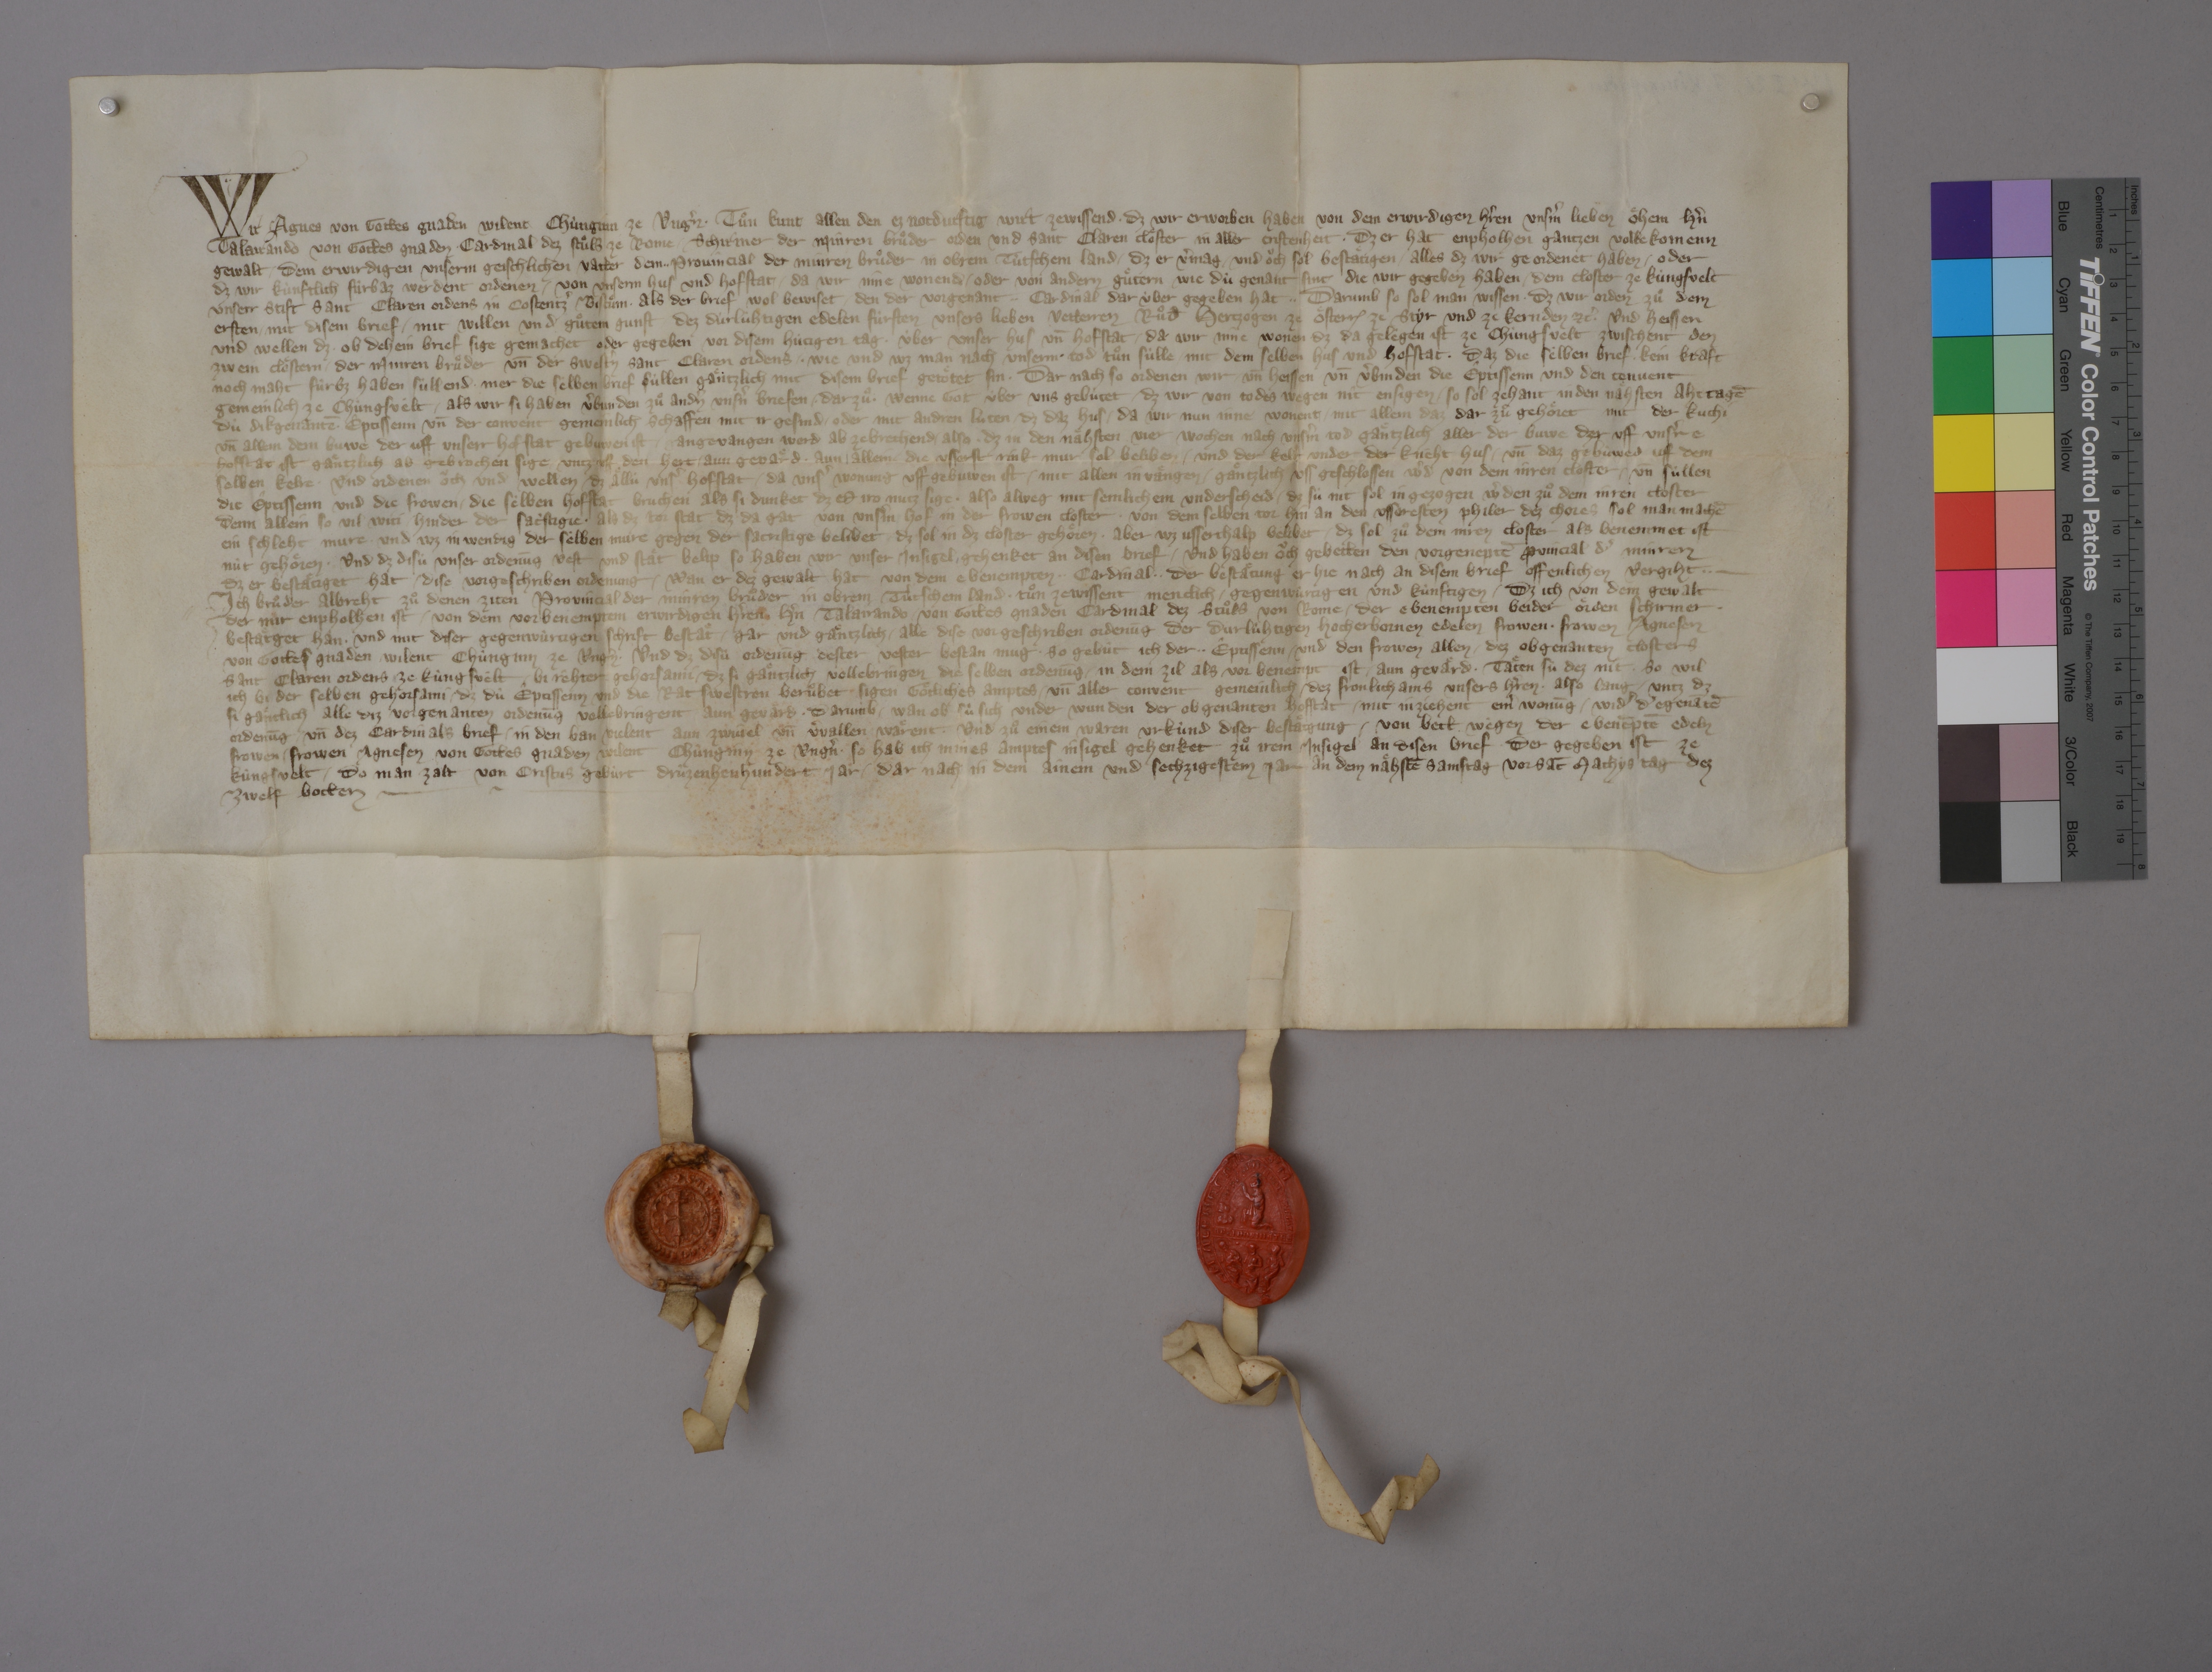
Transcription:
Wir, Agnes, von gottes gnaden wilent chùnginn ze Ungˀn, ✳ tuͦn kunt allen, den ez notdurftig wirt zewissend, ✳ dz wir erworben haben von dem erwirdigen hˀren, unsˀm lieben oͤhem, hˀn
Talairando, von gottes gnaden ✳ cardinal dez stuͦls ze Rome, ✳ schirmer der Minren Bruͦder orden und Sant Claren cloͤster in aller cristenheit, ✳ dz er hat enpholhen gantzen vollekomenn
gewalt ✳ dem erwirdigen, unserm geischlichen vatter, dem ✳ ✳ provincial der Minren Bruͦder in Obrem Tùtschem land, ✳ dz er vˀmag ✳ und oͧch sol bestaͤtigen ✳ alles, dz wir geordenet haben ✳ oder
dz wir kùnftlich fûrbaz werdent ordenen ✳ von unserm hus und hofstat, ✳ da wir inne wonend, ✳ oder von andern guͦtern, wie dù genant sint, ✳ die wir gegeben haben ✳ dem closter ze Kùngsvelt,
unserr stift Sant Claren ordens in Costentzˀ bistuͤm, ✳ als der brief wol bewiset, ✳ den der vorgenant ✳ ✳ cardinal dar ùber gegeben hat. ✳ ✳ darumb, so sol man wissen, ✳ dz wir orden zuͦ dem
ersten ✳ mit disem brief ✳ mit willen und guͦtem gunst ✳ dez dùrlùhtigen, edelen fùrsten, unsers lieben vetterren Ruͦd̄, hertzogen ze Oͤsterr₎, ze Styr und ze Kernden ꝫcꝭ, ✳ und heissen
und wellen, dz, ✳ ob dehein brief sige gemachet oder gegeben vor disem hùtigen tag ✳ ùber unser hus un̄ hofstat, ✳ da wir inne wonen, dz da gelegen ist ze Chùngsvelt zwischent den
zwein cloͤstern ✳ der Minren Bruͦder un̄ der swestˀn Sant Claren ordens, ✳ wie und wz man nach unserm ✳ tod tuͦn sùllle ✳ mit dem selben hùs und hofstat, ✳ daz die selben brief ✳ kein kraft
noch maht fùrbz haben sùllend. ✳ mer, die selben brief sùllen gaͤntzlich mit disem brief getoͤtet sin. ✳ dar nach, so ordenen wir ✳ un̄ heissen ✳ un̄ vˀbinden die êptissenn und den convent
gemeinlich ze Chùngsvèlt, ✳ als wir si haben vˀbunden zuͦ andˀn unsˀn briefen, ✳ darzuͦ, ✳ wenne got ùber uns gebùtet, dz wir von todes wegen nit ensigen, ✳ so sol zehant in den naͤhsten aht tagē
dù dikgenantē ✳ eptissenn un̄ der convent gemeinlich schaffen mit ir gesind ✳ oder mit andren lùten, ✳ dz daz hus, ✳ da wir nun inne wonent, ✳ mit allem, daz dar zuͦ gehoͤret, mit der kuchi
un̄ allem dem buwe, der uff unserr hof stat gebuwen ist, ✳ angevangen werd ab zebrechend, ✳ also, ✳ dz in den naͤhsten vier wochen nach unsˀm tod gaͤntzlich aller der buwe, der uff unsˀre
hofstat ist, gaͤntzlich ab gebrochen sige ✳ untz uff den hert, ✳ aun gevaͤrd, ✳ aun ✳ allein ✳ die usserst rink mur sol beliben ✳ und der kelr under der kneht hus ✳ un̄ daz gebùwed uff dem
selben kelre. ✳ und ordenen oͧch und wellen, ✳ dz aͤllù unsˀ hofstat, ✳ da unsˀ wonung uff gebuwen ist, ✳ mit allen in vaͤngen ✳ gaͤntzlich uss geschlossen wˀd von dem inren closter, ✳ un̄ sùllen
die êptissenn und die frowen ✳ die selben hofstat bruchen, als si dunket, dz er iro nutz sige, ✳ also alweg mit semlichem underscheid, dz sù nit sol in gezogen wˀden zuͦ dem inren closter
denn allein so vil witi ✳ hinder der sacˀstigie, ✳ als dz tor stat, dz da gat von unsˀm hof in der frowen closter. ✳ von dem selben tor hin an den usseresten philer dez chores sol man machē
ein schleht mure, ✳ und wz in wendig der selben mure gegen der sacristige belibet, ✳ dz sol in dz closter gehoͤren, ✳ aber wz usserhalp belibet, ✳ dz sol zuͦ dem inren closter, als benemmet ist,
nùt gehoͤren. ✳ und dz disù unser ordenūg vest und staͤt belip, so haben wir unser insigel gehenket an disen brief, ✳ und haben oͧch gebetten den vorgenept̄ ꝓvincial dˀ Minren,
dz er bestaͤtiget hat ✳ dise vorgeschriben ordenung, ✳ wan er dez gewalt hat von dem ebenempten ✳ ✳ cardinal, ✳ ✳ der bestaͤtung er hie nach an disem brief offenlichen vergiht. ✳ ✳
ich, bruͦder Albreht, zuͦ denen ziten provincial der Minren Bruͦder in Obrem Tùtschem land, ✳ tuͦn zewissent menclich ✳ gegenwùrtigen und kùnftigen, ✳ dz ich von dem gewalt,
der mir enpholhen ist ✳ von dem vorbenemptem erwirdigen hˀren, hˀn Talairando, ✳ von gottes gnaden cardinal dez stuͦls von Rome, ✳ der ebenempten beider oͤrden schirmer, ✳
bestaͤtget han ✳ und mit diser gegenwùrtigen schrift bestaͤt ✳ gar und gaͤntzlich ✳ alle dise vorgeschriben ordenūg der durlùhtigen, hocherbornen, edelen frowen, ✳ frowen Agnesen,
von gottes gnaden wilent chùnginn ze Ungˀn. ✳ und dz disù ordenūg dester vester bestan mug, ✳ so gebùt ich der ✳ ✳ êptissenn ✳ und den frowen allen ✳ dez obgenanten closters
Sant Claren ordens ze Kùngsvèlt ✳ bi rêhter gehorsami, ✳ dz si gaͤntzlich vollebringen die selben ordenūg ✳ in dem zil, alz vor benempt ist, aun gevaͤrd. ✳ taͤten sù dez nit, ✳ so wil
ich bi der selben gehorsami, ✳ dz dù êptissenn und die rat swestren beruͦbet ✳ sigen goͤtliches amptes, ✳ un̄ aller convent gemeinlich ✳ dez fronlichams unsers hˀren, ✳ also lang, ✳ untz dz
si gaͤnclich alle diz vorgenanten ordenūg vollebringent aun gevard. ✳ darumb, ✳ wan ob sù sich under wunden der obgenanten hofstat ✳ mit inziehent einˀ wonūg ✳ widˀ dˀ egenātē
ordenūg ✳ un̄ dez cardinals brief, ✳ in den ban vielent aun zwivel un̄ vˀvallen waͤrent. ✳ und zuͦ einem waren urkùnd diser bestaͤtgung ✳ von bett wegen der ebenēptē edeln
frowen, ✳ frowen Agnesen, von gottes gnaden wilent chùnginn ze Ungˀn, ✳ so hab ich mines amptes insigel gehenket zuͦ irem insigel an disen brief, ✳ der gegeben ist ze
Kùngsvelt, ✳ do man zalt von Cristus gebùrt drùzenhenhundert jar, ✳ dar nach in dem ainem und sechzigestem jar, an dem naͤhstē samstag vor sāt Mathys tag, dez
zwelf botten. ✳